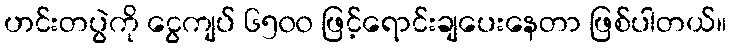
ဟင်းတပွဲကို ငွေကျပ် ၆၅၀၀ ဖြင့်ရောင်းချပေးနေတာ ဖြစ်ပါတယ်။